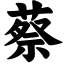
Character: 蔡